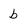
Character: b